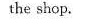
the shop.